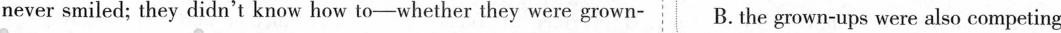
never smiled; they didn’t know how to-whether they were grown B. The grown-ups were also competing